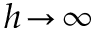
h \! \to \! \infty